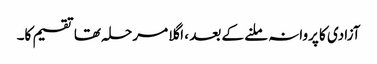
آزادی کا پروانہ ملنے کے بعد ، اگلا مرحلہ تھا تقسیم کا۔